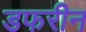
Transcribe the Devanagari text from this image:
डफरीन